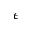
\epsilon